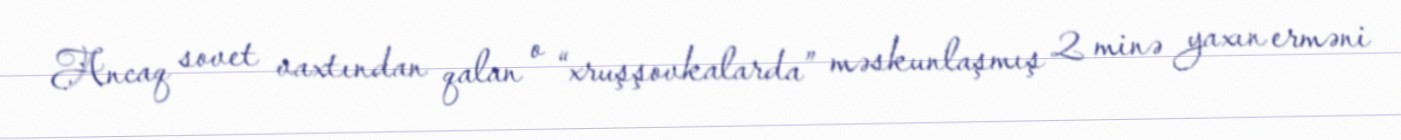
Ancaq sovet vaxtından qalan o “xruşşovkalarda” məskunlaşmış 2 minə yaxın erməni